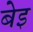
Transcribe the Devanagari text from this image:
बेइ